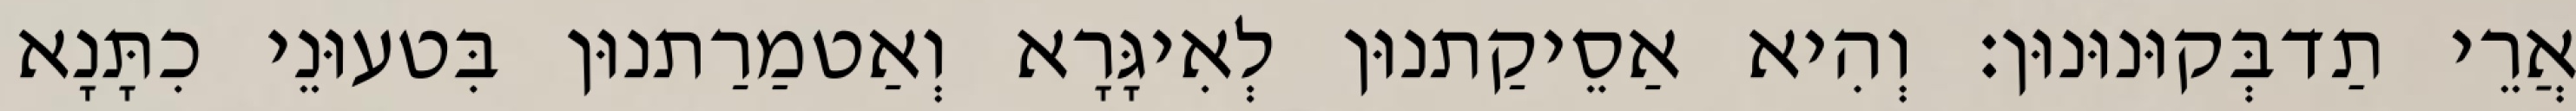
אֲרֵי תַדבְּקוּנוּנוּן׃ וְהִיא אַסֵיקַתנוּן לְאִיגָּרָא וְאַטמַרַתנוּן בִּטעוּנֵי כִתָּנָא